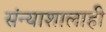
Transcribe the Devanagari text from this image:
संन्याशालाही